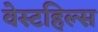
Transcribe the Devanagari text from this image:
वेस्टहिल्स